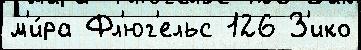
м'и́ра Фл'юг'ельс 126 З'ико